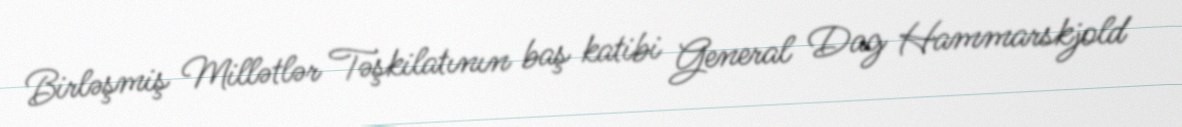
Birləşmiş Millətlər Təşkilatının baş katibi General Dag Hammarskjold